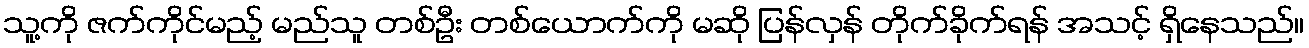
သူ့ကို ဇက်ကိုင်မည့် မည်သူ တစ်ဦး တစ်ယောက်ကို မဆို ပြန်လှန် တိုက်ခိုက်ရန် အသင့် ရှိနေသည်။